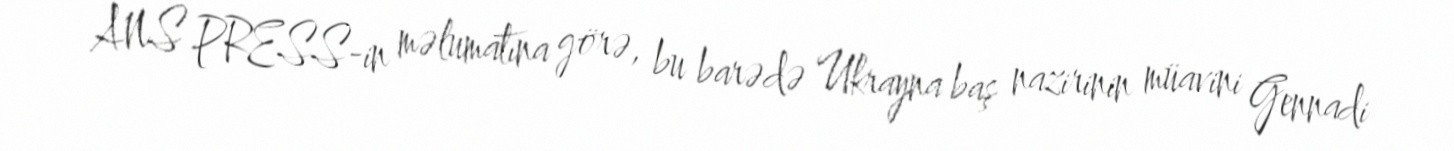
ANS PRESS-in məlumatına görə, bu barədə Ukrayna baş nazirinin müavini Gennadi